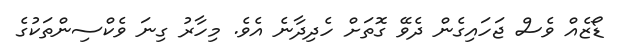
ޑޯޒެއް ވެސް ޖަހައިގެން ދެވޭ ގޮތަށް ހެދިދާނެ އެވެ. މިހާރު ގިނަ ވެކްސިންތަކުގެ